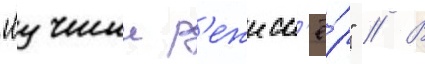
"лучшии р'ежисс'ё́р" // В